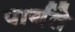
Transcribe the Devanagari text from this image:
पार्यते